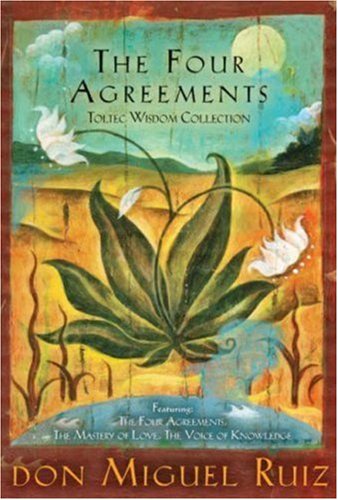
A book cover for The Four Agreements Toltec Wisdom Collection: 3-Book Boxed Set; don Miguel Ruiz; Parenting & Relationships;